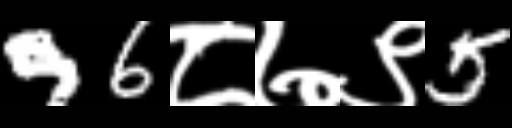
Text: 96८७९5